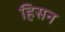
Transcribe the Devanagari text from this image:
हिसन